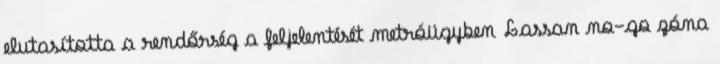
elutasította a rendőrség a feljelentését metróügyben Lassan no-go zóna